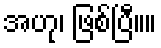
အဟု၊ ဖြစ်ပြီ။။